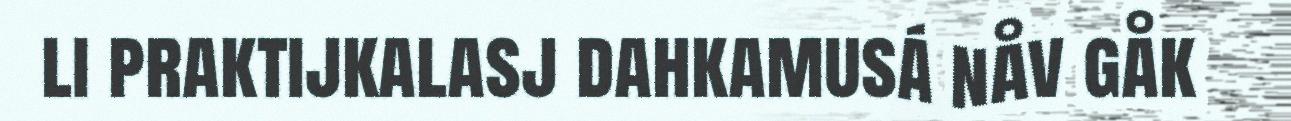
li praktijkalasj dahkamusá nåv gåk